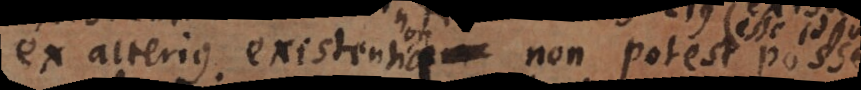
ex alterius existentia non potest